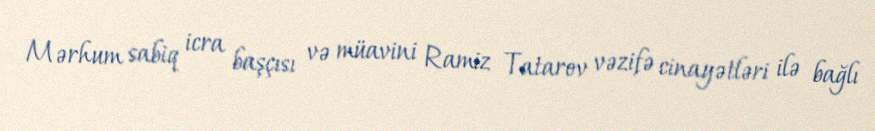
Mərhum sabiq icra başçısı və müavini Ramiz Tatarov vəzifə cinayətləri ilə bağlı